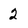
Character: 2